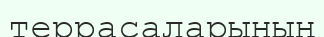
террасаларының